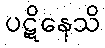
ပဋိနေသိ